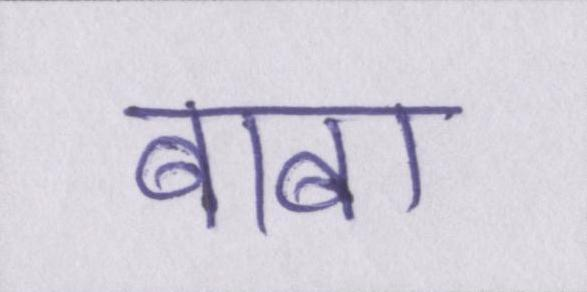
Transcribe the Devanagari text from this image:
बाबा